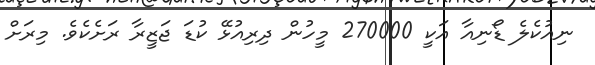
ނިއުކެލެ ޑޯނިއާ އަކީ 270000 މީހުން ދިރިއުޅޭ ކުޑަ ޖަޒީރާ ރަށެކެވެ. މިރަށް